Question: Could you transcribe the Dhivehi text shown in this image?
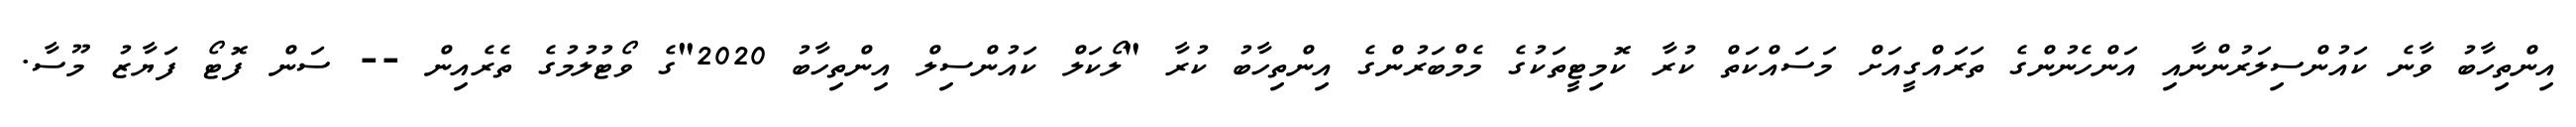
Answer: އިންތިހާބު ވާނެ ކައުންސިލަރުންނާއި އަންހެނުންގެ ތަރައްގީއަށް މަސައްކަތް ކުރާ ކޮމިޓީތަކުގެ މެމްބަރުންގެ އިންތިހާބު ކުރާ "ލޯކަލް ކައުންސިލް އިންތިހާބު 2020"ގެ ވޯޓުލުމުގެ ތެރެއިން -- ސަން ފޮޓޯ ފަޔާޒު މޫސާ.